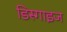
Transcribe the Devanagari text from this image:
डिस्गाइज